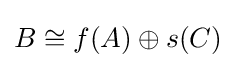
B\cong f(A)\oplus s(C)